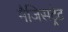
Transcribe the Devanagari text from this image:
मैजिसट्रेट